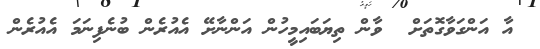
އާ އަންގަވާގޮތަށް  ވާން ތިޔަބައިމީހުން އަންނާށޭ އެއުރެން ބުނެފިނަމަ އެއުރެން